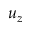
u _ { z }